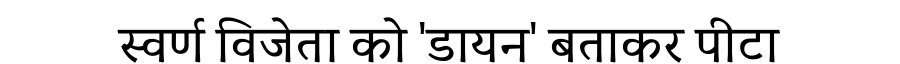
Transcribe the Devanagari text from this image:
स्वर्ण विजेता को 'डायन' बताकर पीटा